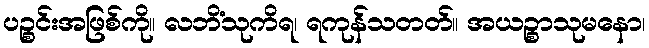
ပဉ္စင်းအဖြစ်ကို။ လဘိံသုကိရ၊ ရကုန်သတတ်။ အယဉ္စာသုမနော၊